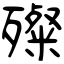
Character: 殩